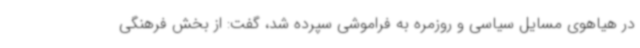
در هیاهوی مسایل سیاسی و روزمره به فراموشی سپرده شد، گفت: از بخش فرهنگی